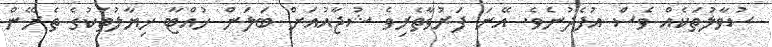
ސުވާލުތަކެއް ވެސް އުފެދުނެވެ. އޭނަ ފަރުވާތެރިވެ ޝުޖާއުއަށް ބަލަން ހުއްޓާ ޚިޔާލުތަކުގެ ތެރޭން